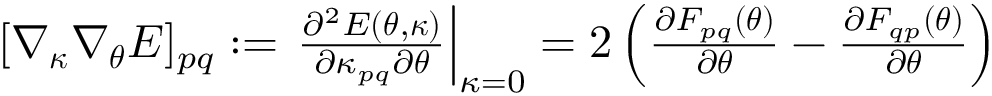
\begin{array} { r } { [ \nabla _ { { \boldsymbol { \kappa } } } \nabla _ { \boldsymbol { \theta } } E ] _ { p q } : = \left. \frac { \partial ^ { 2 } E ( { \boldsymbol { \theta } } , { \boldsymbol { \kappa } } ) } { \partial \kappa _ { p q } \partial { \boldsymbol { \theta } } } \right| _ { \kappa = 0 } = 2 \left( \frac { \partial F _ { p q } ( { \boldsymbol { \theta } } ) } { \partial { \boldsymbol { \theta } } } - \frac { \partial F _ { q p } ( { \boldsymbol { \theta } } ) } { \partial { \boldsymbol { \theta } } } \right) } \end{array}